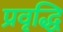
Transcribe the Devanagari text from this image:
प्रवृद्धि